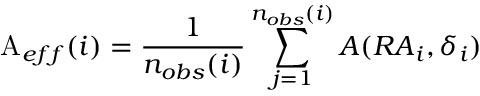
\mathop { \mathrm A _ { e f f } } ( i ) = \frac { \displaystyle 1 } { n _ { o b s } ( i ) } \sum _ { j = 1 } ^ { n _ { o b s } ( i ) } A ( { R A } _ { i } , { \delta } _ { i } ) \, \,